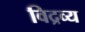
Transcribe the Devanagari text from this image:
विद्रव्य